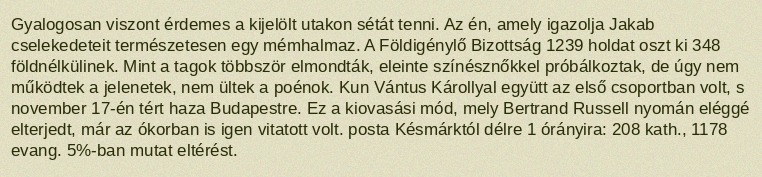
Gyalogosan viszont érdemes a kijelölt utakon sétát tenni. Az én, amely igazolja Jakab cselekedeteit természetesen egy mémhalmaz. A Földigénylő Bizottság 1239 holdat oszt ki 348 földnélkülinek. Mint a tagok többször elmondták, eleinte színésznőkkel próbálkoztak, de úgy nem működtek a jelenetek, nem ültek a poénok. Kun Vántus Károllyal együtt az első csoportban volt, s november 17-én tért haza Budapestre. Ez a kiovasási mód, mely Bertrand Russell nyomán eléggé elterjedt, már az ókorban is igen vitatott volt. posta Késmárktól délre 1 órányira: 208 kath., 1178 evang. 5%-ban mutat eltérést.